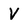
Character: V